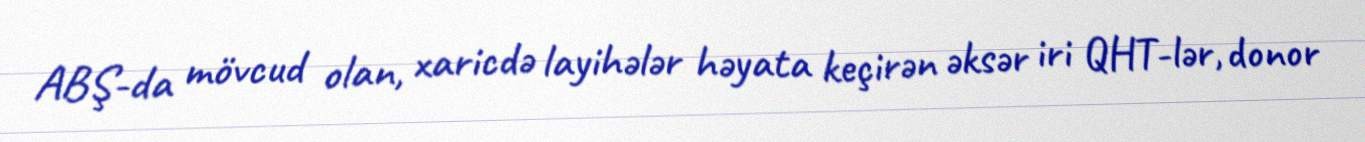
ABŞ-da mövcud olan, xaricdə layihələr həyata keçirən əksər iri QHT-lər, donor